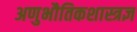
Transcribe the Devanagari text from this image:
अणुभौतिकशास्त्रज्ञ